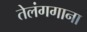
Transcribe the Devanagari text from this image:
तेलंगगाना